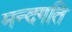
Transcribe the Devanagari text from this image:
मन्दगति